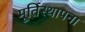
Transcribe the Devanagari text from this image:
मूर्तिस्थापना